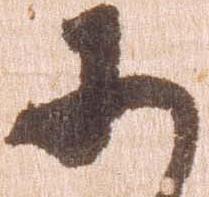
こ